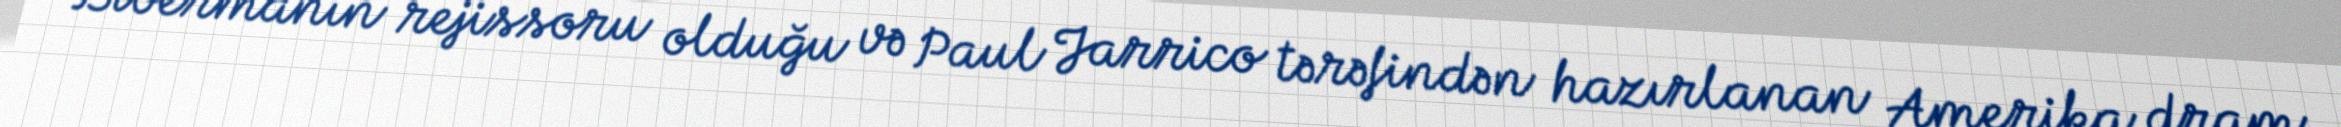
Bibermanın rejissoru olduğu və Paul Jarrico tərəfindən hazırlanan Amerika dram